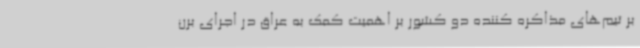
بر تیم‌های مذاکره کننده دو کشور بر اهمیت کمک به عراق در اجرای برن